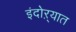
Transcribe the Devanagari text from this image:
इंदोऱ्यात